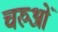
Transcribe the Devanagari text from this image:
चरुओं